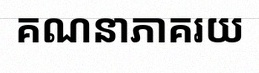
គណនាភាគរយ